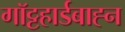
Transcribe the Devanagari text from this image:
गॉट्टहार्डबाह्न